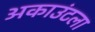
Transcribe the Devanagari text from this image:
अकाउंटला